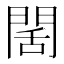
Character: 䦚